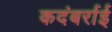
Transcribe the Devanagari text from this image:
कदंबर्राई